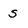
Character: s